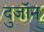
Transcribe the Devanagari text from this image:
दुजॉन